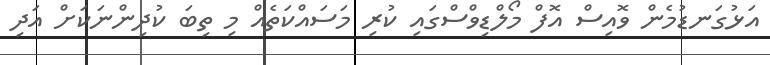
އަޅުގަނޑުމެން ވޮއިސް އޮފް މޯލްޑިވްސްގައި ކުރި މަސައްކަތެއް މި ތިބަ ކުދިންނަކަށް އަދި